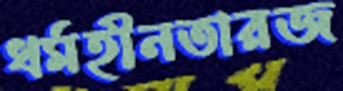
ধর্মহীনতারজ